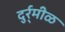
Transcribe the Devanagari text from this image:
दुर्र्मीळ